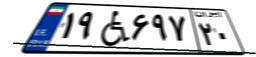
۷۲W۱۴۰۲۸